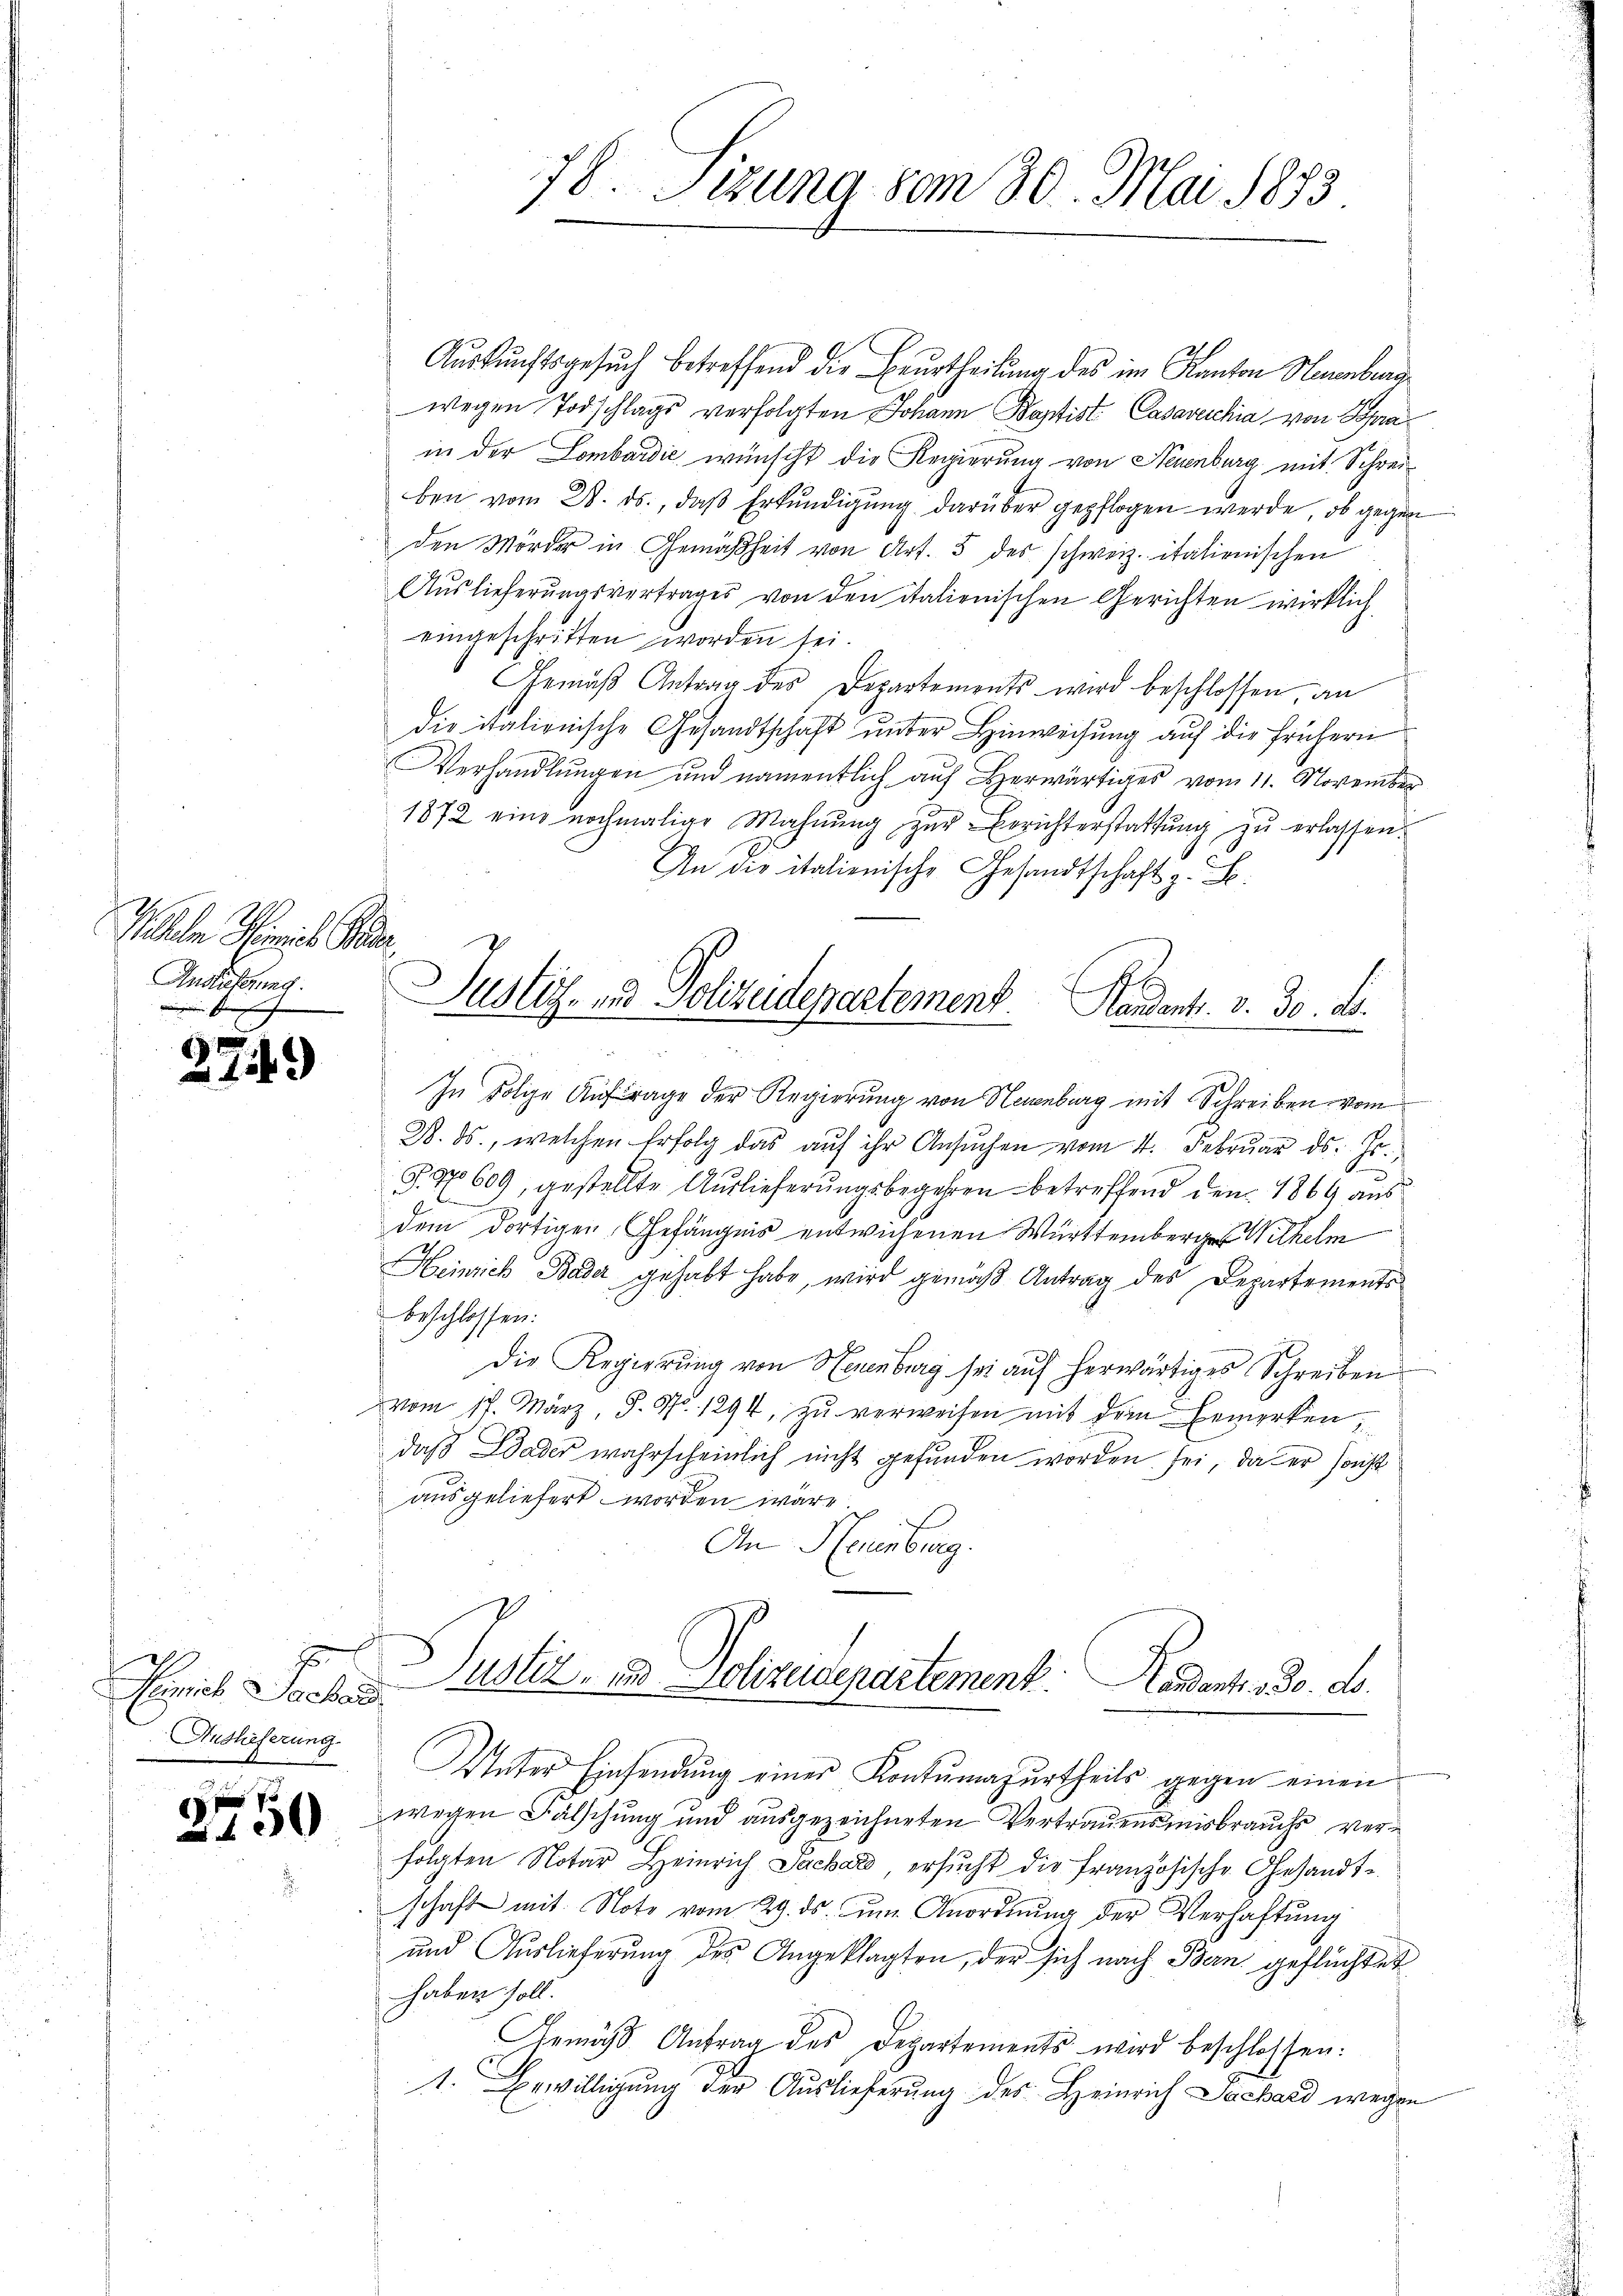
Moheln Meines Peter.
Anslieferung.
n

d

2

3)

2750

x
2
Einrich Sache
Auslieferung

78. Sizung vom 30. Mai 1873

Auskunftsgesuch betreffend die Beurtheilung des im Kanton Neuenburg
wegen Todschlags verfolgten Johann Baptist Casavecchia von Sprain der Lombardić wünscht die Regierung von Neuenburg mit Schreiben vom 28. ds., daß Erkundigung darüber gepflogen werde, ob gegen
den Mörder in Gemäßheit von Art. 5 des schweiz. italienischen
Auslieferungsvertrages von den italienischen Gerichten wirklich
eingeschritten worden sei.
Gemäβ Antrag des Departements wird beschlossen, an
die italionische Gesandtschaft ŭnter Hinweisung auf die frühern
Verhandlungen und namentlich auf Herwärtiges vom 11. November
1872 eine nochmalige Mahnŭng zŭr Errichterstattung zu erlassen.
An die italienische Gesandtschaft z. B.
In Folge Aufrage der Regierung von Neuenburg mit Schreiben vom
2. ds., welchen Erfolg das aŭf ihr Ansŭchen vom 4. Febrŭar d. Js.,
P. 9609, gestellte Auslieferungsbegehren betreffend den 1869 aus
dem dortigen Gefängnis entwichenen Württemberger Wilhelm
Heinrich Bade gehabt habe, wird gemäß Antrag des Departements
beschlossen:
Die Regierung von Neuenburg sei auf herwärtiges Schreiben
vom 17. März, S. Nr. 1294, zu verweisen mit dem Bemerken,
daß Dader wahrscheinlich nicht gefunden worden sei, da er sonst
ausgeliefert worden wäre
An Neuenburg.
Justiz- & Polizeidepartement. Landent. 30. d.
Unter Einsendŭng einer Kontŭmazŭrtheils gegen einen
wegen Fälschung und ausgezeichneten Vertrauensmisbrauchs verfolgten Notar Heinrich Sachard ersucht die Französische Gesandte
schaft mit Note vom 29. ds. ŭm Anordnŭng der Verhaftŭng
und Auslieferung des Angeklagten, der sich nach Bern geflüchtet
haben soll.
Gemäß Antrag des Departements wird beschlossen:
1. Bewilligung der Auslieferung des Heinrich Sachard wegen

Justiz- und Polizeidepartement. Handent. v. 30. d.